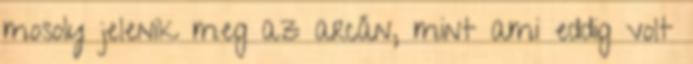
mosoly jelenik meg az arcán, mint ami eddig volt